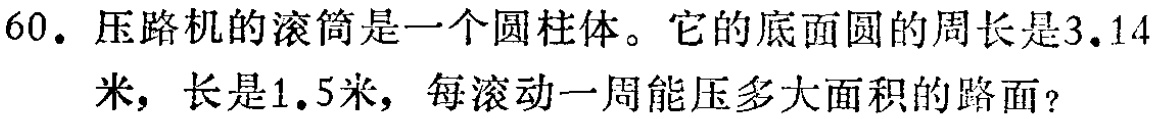
60. 压路机的滚筒是一个圆柱体。它的底面圆的周长是$3.14$米，长是$1.5$米，每滚动一周能压多大面积的路面？